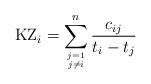
\begin{gather*}{\rm KZ}_i=\sum_{j=1 \atop j \not=i}^{n} {c_{ij} \over t_i -t_j}\end{gather*}